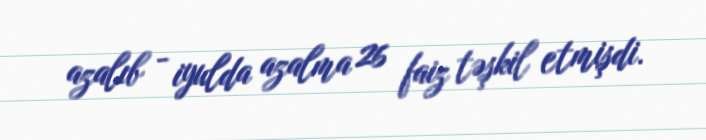
azalıb - iyulda azalma 26 faiz təşkil etmişdi.